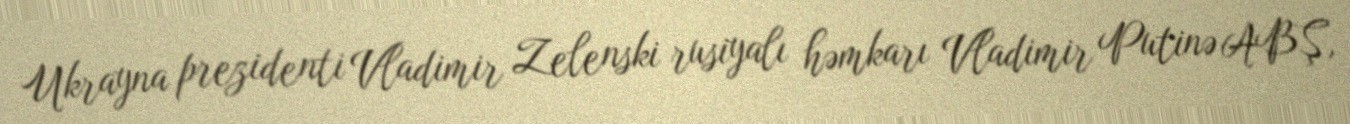
Ukrayna prezidenti Vladimir Zelenski rusiyalı həmkarı Vladimir Putinə ABŞ,